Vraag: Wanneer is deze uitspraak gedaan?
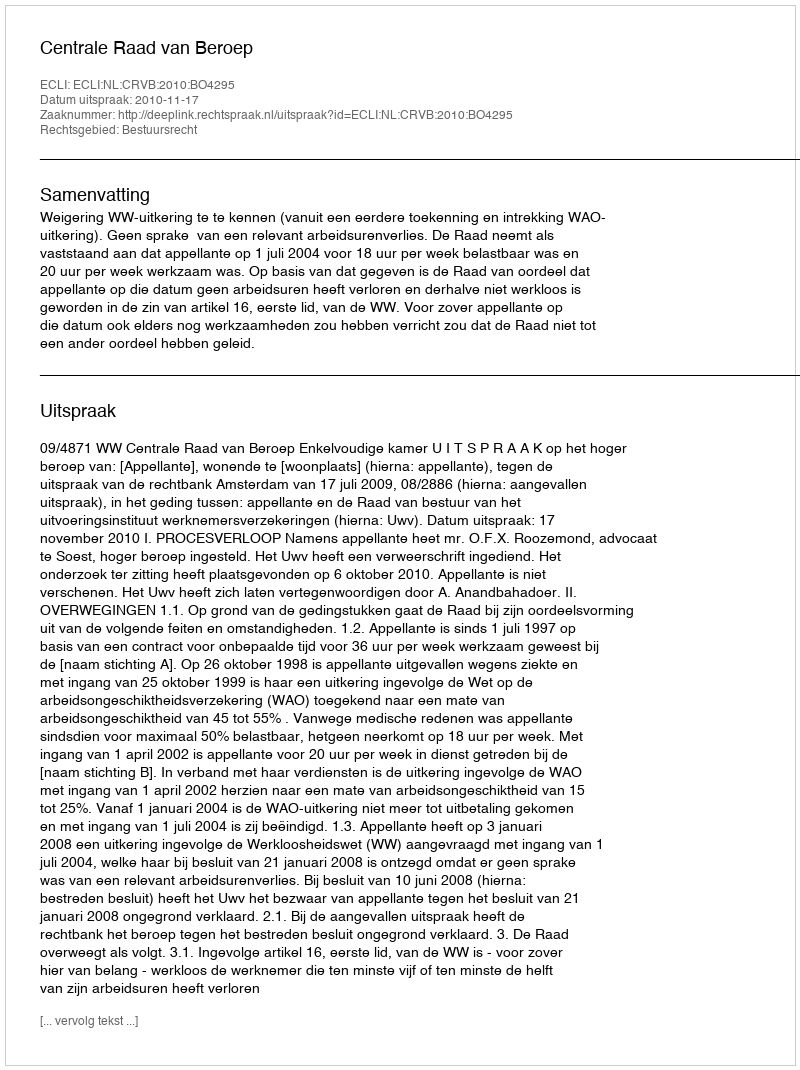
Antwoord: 2010-11-17